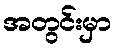
အတွင်းမှာ